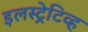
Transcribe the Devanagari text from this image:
इलस्ट्रेटिव्ह